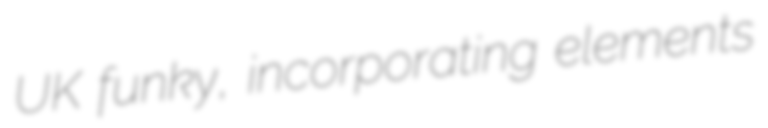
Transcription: UK funky, incorporating elements